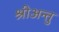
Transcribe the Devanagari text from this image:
श्रीअन्तु